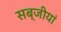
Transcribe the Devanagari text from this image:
सब्जीयां